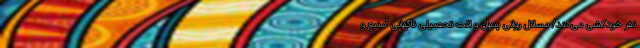
نفر خودکشی می‌کند/ مسائل روانی پنهان و افت تحصیلی ناگهانی "منبع و